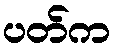
ပတ်က